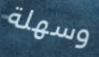
وسهلة